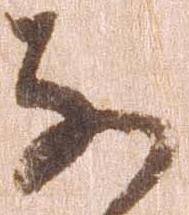
な